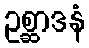
ဥစ္ဆာဒနံ